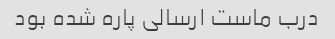
درب ماست ارسالی پاره شده بود